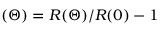
( \Theta ) = R ( \Theta ) / R ( 0 ) - 1